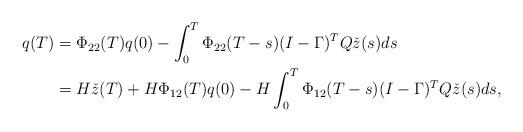
LaTeX: \begin{align*}q(T) &= \Phi_{22}(T) q(0)-\int_0^T \Phi_{22}(T-s) (I-\Gamma)^T Q\check z(s)ds\\ & = H\check z(T)+H \Phi_{12}(T)q(0) -H\int_0^T\Phi_{12}(T-s) (I-\Gamma)^T Q\check z(s)ds,\end{align*}